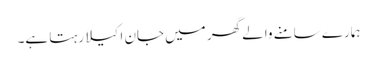
ہمارے سامنے والے گھر میں جان اکیلا رہتا ہے۔